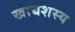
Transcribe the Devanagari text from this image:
खाद्यशस्य